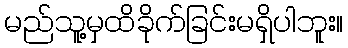
မည်သူ့မှထိခိုက်ခြင်းမရှိပါဘူး။